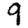
Digit: 9